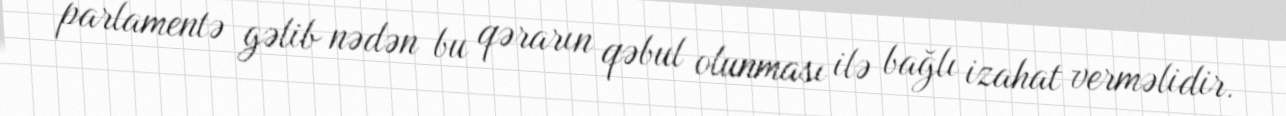
parlamentə gəlib nədən bu qərarın qəbul olunması ilə bağlı izahat verməlidir.